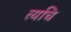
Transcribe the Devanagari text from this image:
त्यचि